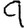
Digit: 9